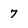
Character: 7